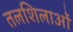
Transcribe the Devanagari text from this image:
तलशिलाओं